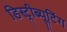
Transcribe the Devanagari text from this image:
डिस्ट्रीब्यूटिंग